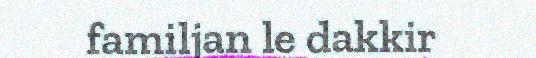
familjan le dakkir